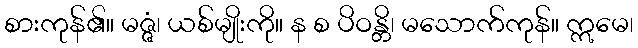
စားကုန်၏။ မဇ္ဇံ၊ ယစ်မျိုးကို။ န စ ပိဝန္တိ၊ မသောက်ကုန်။ ဣမေ၊